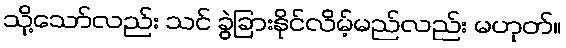
သို့သော်လည်း သင် ခွဲခြားနိုင်လိမ့်မည်လည်း မဟုတ်။